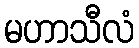
မဟာသီလံ